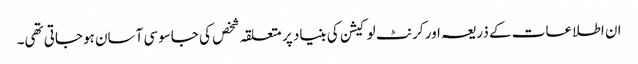
ان اطلاعات کے ذریعہ اور کرنٹ لوکیشن کی بنیاد پر متعلقہ شخص کی جاسوسی آسان ہوجاتی تھی۔